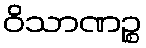
ဝိသာဏဉ္စ